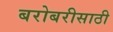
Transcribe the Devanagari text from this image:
बरोबरीसाठी